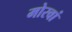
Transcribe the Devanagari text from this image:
मोरवां